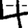
Digit: 4